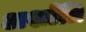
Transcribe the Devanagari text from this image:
अशाँति